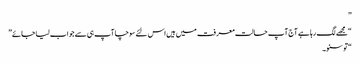
”
“مجھے لگ رہا ہے آج آپ حالت معرفت میں ہیں اس لئے سوچا آپ ہی سے جواب لیا جائے”
“تو سنو۔